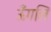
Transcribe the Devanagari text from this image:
ऊँगलि